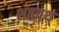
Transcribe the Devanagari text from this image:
शतपथ्